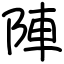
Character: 陣